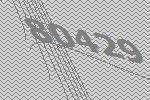
80429